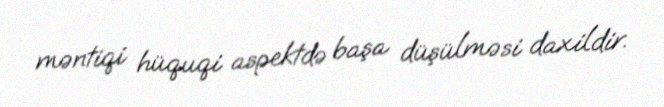
məntiqi hüquqi aspektdə başa düşülməsi daxildir.